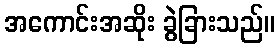
အကောင်းအဆိုး ခွဲခြားသည်။